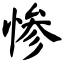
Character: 惨